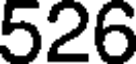
526